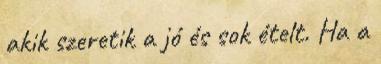
akik szeretik a jó és sok ételt. Ha a